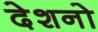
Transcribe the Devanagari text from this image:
देशनो